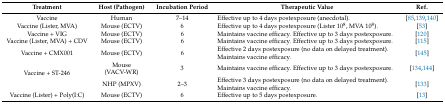
<table><thead><tr><td><b>Treatment</b></td><td><b>Host (Pathogen)</b></td><td><b>Incubation Period</b></td><td><b>Therapeutic Value</b></td><td><b>Ref.</b></td></tr></thead><tbody><tr><td>Vaccine</td><td>Human</td><td>7–14</td><td>Effective up to 4 days postexposure (anecdotal).</td><td>[85,139,140]</td></tr><tr><td>Vaccine (Lister, MVA)</td><td>Mouse (ECTV)</td><td>6</td><td>Effective up to 4 days postexposure (Lister 10<sup>8</sup>, MVA 10<sup>8</sup>).</td><td>[53]</td></tr><tr><td>Vaccine + VIG</td><td>Mouse (ECTV)</td><td>6</td><td>Maintains vaccine efficacy. Effective up to 3 days postexposure.</td><td>[120]</td></tr><tr><td>Vaccine (Lister, MVA) + CDV</td><td>Mouse (ECTV)</td><td>6</td><td>Maintains vaccine efficacy. Effective up to 3 days postexposure.</td><td>[115]</td></tr><tr><td>Vaccine + CMX001</td><td>Mouse (ECTV)</td><td>6</td><td>Effective 2 days postexposure (no data on delayed treatment). Maintains vaccine efficacy.</td><td>[145]</td></tr><tr><td rowspan="2">Vaccine + ST-246</td><td>Mouse (VACV-WR)</td><td>3</td><td>Maintains vaccine efficacy. Effective up to 3 days postexposure.</td><td>[134,144]</td></tr><tr><td>NHP (MPXV)</td><td>2–3</td><td>Effective 3 days postexposure (no data on delayed treatment). Maintains vaccine efficacy.</td><td>[133]</td></tr><tr><td>Vaccine (Lister) + Poly(I:C)</td><td>Mouse (ECTV)</td><td>6</td><td>Effective up to 5 days postexposure.</td><td>[13]</td></tr></tbody></table>